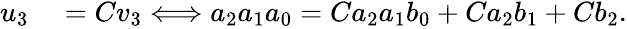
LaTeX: \begin{array}{rl}{u_{3}}&{{}=Cv_{3}\Longleftrightarrow a_{2}a_{1}a_{0}=Ca_{2}a_{1}b_{0}+Ca_{2}b_{1}+Cb_{2}.}\end{array}